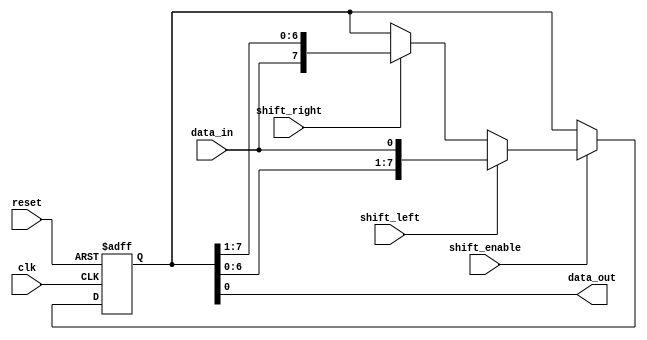
module ShiftRegister (
    input wire clk,
    input wire reset,
    input wire shift_left,
    input wire shift_right,
    input wire shift_enable,
    input wire data_in,
    output reg data_out
);

reg [7:0] register; // 8-bit shift register

always @(posedge clk or posedge reset) begin
    if (reset) begin
        register <= 8'b00000000; // reset all bits to 0
    end else if (shift_enable) begin
        if (shift_left) begin
            register <= {register[6:0], data_in}; // shift data in from right
        end else if (shift_right) begin
            register <= {data_in, register[7:1]}; // shift data in from left
        end
    end
end

assign data_out = register[0]; // output first bit of shift register

endmodule